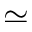
\simeq